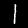
Digit: 1